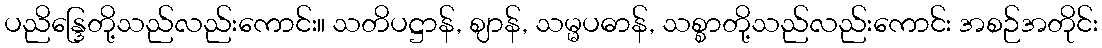
ပညိန္ဒြေတို့သည်လည်းကောင်း။ သတိပဋ္ဌာန်, ဈာန်, သမ္မပဓာန်, သစ္စာတို့သည်လည်းကောင်း အစဉ်အတိုင်း